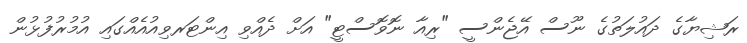
ރަޝިޔާގެ ދައުލަތުގެ ނޫސް އޭޖެންސީ "ރިއާ ނޮވޮސްޓީ" އަށް ދެއްވި އިންޓަރވިއުއެއްގައި އުމުރުފުޅުން